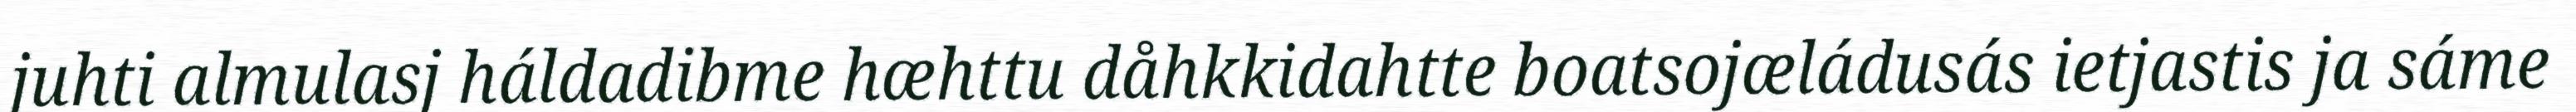
juhti almulasj háldadibme hæhttu dåhkkidahtte boatsojæládusás ietjastis ja sáme